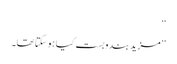
‘‘
’’مزید بندوبست کیا ہو سکتا تھا۔